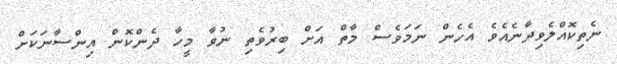
ނެތިކޮއްލެވިދާނެއެވެ އެހެން ނަމަވެސް މާތް އަށް ބިރުވެތި ނުވާ މީހާ ދެންކޮން އިންސާނަކަށް